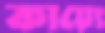
কায়েং